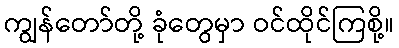
ကျွန်တော်တို့ ခုံတွေမှာ ဝင်ထိုင်ကြစို့။